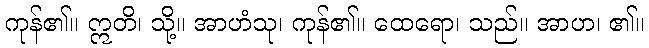
ကုန်၏။ ဣတိ၊ သို့။ အာဟံသု၊ ကုန်၏။ ထေရော၊ သည်။ အာဟ၊ ၏။